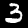
Label: 3